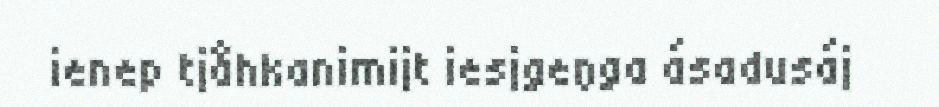
ienep tjåhkanimijt iesjgeŋga ásadusáj